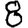
Digit: 8